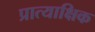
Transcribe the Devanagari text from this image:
प्रात्याक्षिक